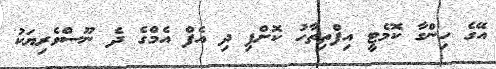
އޭގެ ހިންގާ ކޮމެޓީ އިފްތިތާހު ކޮށްފި ދި އެފް އެމްގެ ދެ ނޫސްވެރިޔަކު